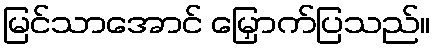
မြင်သာအောင် မြှောက်ပြသည်။